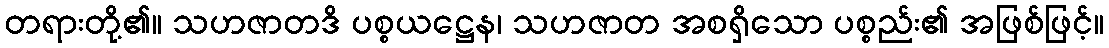
တရားတို့၏။ သဟဇာတဒိ ပစ္စယဋ္ဌေန၊ သဟဇာတ အစရှိသော ပစ္စည်း၏ အဖြစ်ဖြင့်။